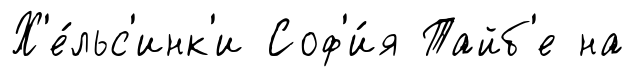
Х'е́льс'инк'и Соф'и́я Тайб'е на